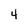
Character: 4